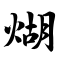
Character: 煳